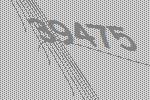
39475